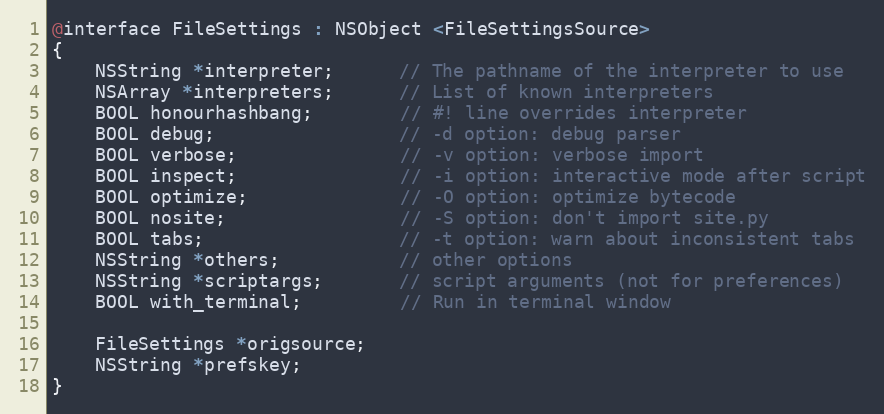
Language: C
@interface FileSettings : NSObject <FileSettingsSource>
{
    NSString *interpreter;      // The pathname of the interpreter to use
    NSArray *interpreters;      // List of known interpreters
    BOOL honourhashbang;        // #! line overrides interpreter
    BOOL debug;                 // -d option: debug parser
    BOOL verbose;               // -v option: verbose import
    BOOL inspect;               // -i option: interactive mode after script
    BOOL optimize;              // -O option: optimize bytecode
    BOOL nosite;                // -S option: don't import site.py
    BOOL tabs;                  // -t option: warn about inconsistent tabs
    NSString *others;           // other options
    NSString *scriptargs;       // script arguments (not for preferences)
    BOOL with_terminal;         // Run in terminal window

    FileSettings *origsource;
    NSString *prefskey;
}